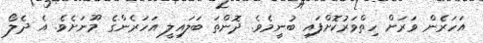
އަހަރެން ވަރަށް ހިތްވަރުކޮށްފައި ބުނީމެވެ. ދޮންތަ ބަލައިލީ އަހަރެންގެ މޫނަށެވެ. އެ ދެލޯ